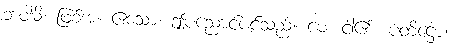
ဘဝါမိ၊ ဖြစ်အံ့။ ဧသော၊ ဤပညောင်ပင်သည်။ မေ၊ ငါ၏။ ပတိဋ္ဌော၊